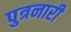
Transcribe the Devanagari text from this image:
पुत्रनारी